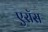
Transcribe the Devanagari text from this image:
एरॉस